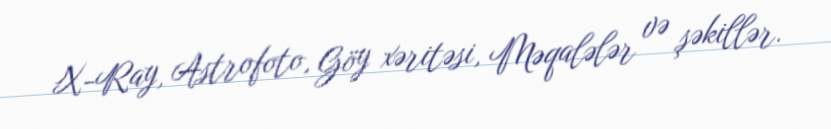
X-Ray, Astrofoto, Göy xəritəsi, Məqalələr və şəkillər.